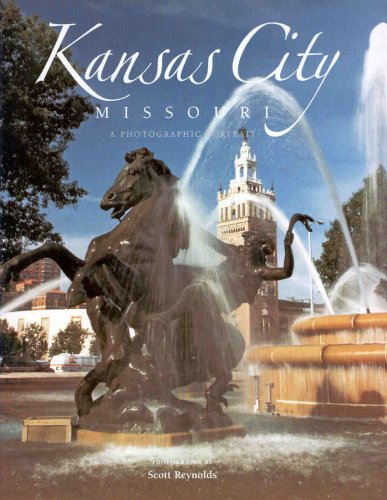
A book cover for Kansas City: A Photographic Portrait; Scott Reynolds; Travel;